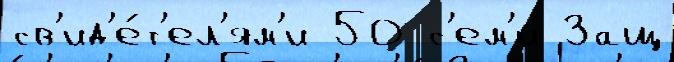
св'ид'е́т'ел'ям'и 50 с'ем'и́ Защ